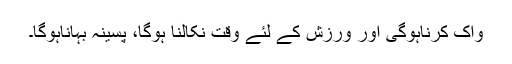
واک کرناہوگی اور ورزش کے لئے وقت نکالنا ہوگا، پسینہ بہاناہوگا۔